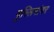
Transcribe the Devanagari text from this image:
मुस्लिमांवर